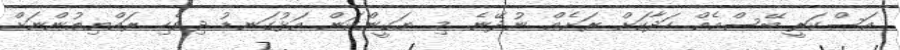
އަސްކަރީ ބޭސްއެއް ހަދާކަށް ރަށެއް ނުދޭނެ. މި ޔަގީންކަން އަޅުގަނޑު ދިވެހި ރައްޔިތުންނަށް